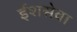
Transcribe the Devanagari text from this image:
ईशसेवा